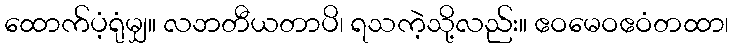
ထောက်ပံ့ရုံမျှ။ လဘတီယတာပိ၊ ရသကဲ့သို့လည်း။ ဧဝမေဝဧဝံတထာ၊